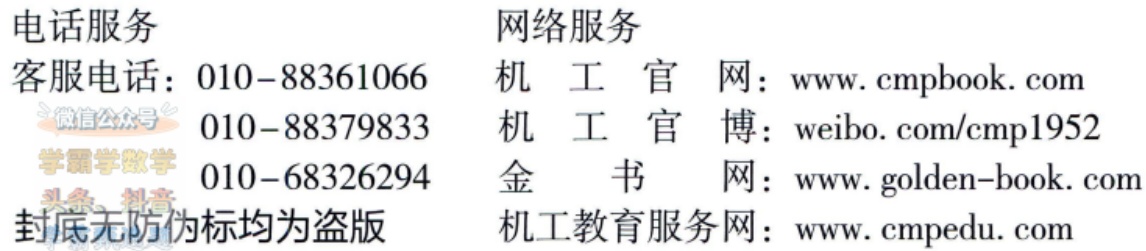
电话服务

客服电话：010 - 88361066

010 - 88379833

010 - 68326294

封底无防伪标均为盗版

网络服务

机 工 官 网：www.cmpbook.com

机 工 官 博：weibo.com/cmp1952

金 书 网：www.golden-book.com

机工教育服务网：www.cmpedu.com